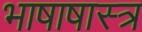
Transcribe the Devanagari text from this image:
भाषाषास्त्र